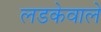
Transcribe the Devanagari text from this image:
लडकेवाले